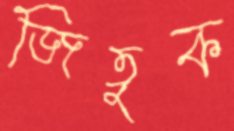
জিতুক